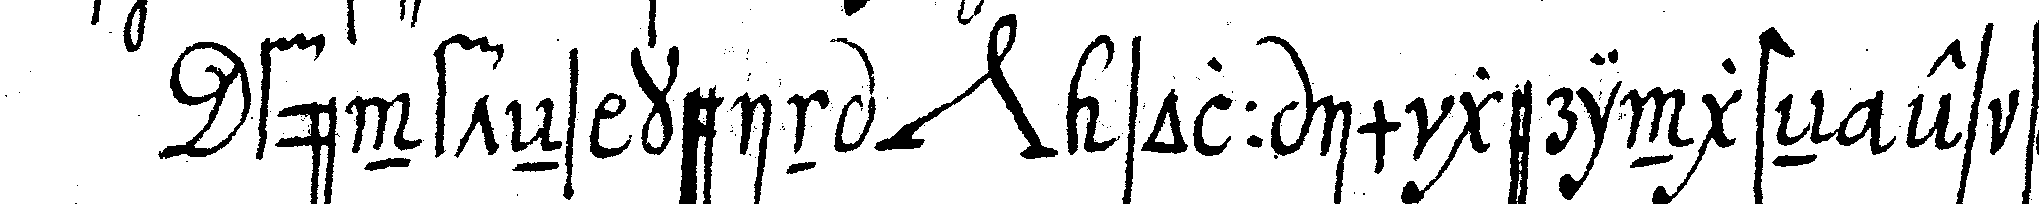
fünfteNs kein *nee* soll im geringsteN es sey